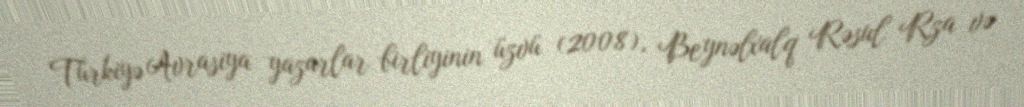
Türkiyə Avrasiya yazarlar birliyinin üzvü (2008), Beynəlxalq Rəsul Rza və